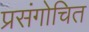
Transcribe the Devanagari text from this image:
प्रसंगोचित